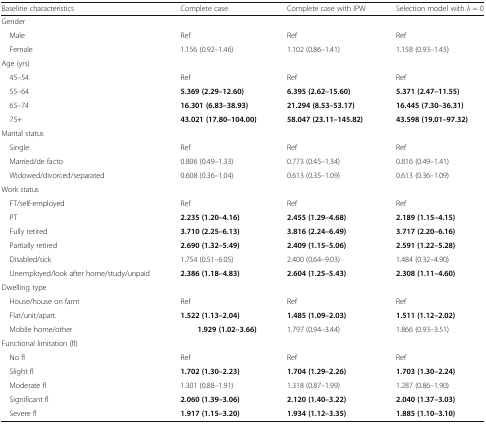
<table><thead><tr><td><b>Baseline characteristics</b></td><td><b>Complete case</b></td><td><b>Complete case with IPW</b></td><td><b>Selection model with <i>λ</i> = 0</b></td></tr></thead><tbody><tr><td colspan="4">Gender</td></tr><tr><td> Male</td><td>Ref</td><td>Ref</td><td>Ref</td></tr><tr><td> Female</td><td>1.156 (0.92–1.46)</td><td>1.102 (0.86–1.41)</td><td>1.158 (0.93–1.45)</td></tr><tr><td colspan="4">Age (yrs)</td></tr><tr><td> 45–54</td><td>Ref</td><td>Ref</td><td>Ref</td></tr><tr><td> 55–64</td><td><b>5.369 (2.29–12.60)</b></td><td><b>6.395 (2.62–15.60)</b></td><td><b>5.371 (2.47–11.55)</b></td></tr><tr><td> 65–74</td><td><b>16.301 (6.83–38.93)</b></td><td><b>21.294 (8.53–53.17)</b></td><td><b>16.445 (7.30–36.31)</b></td></tr><tr><td> 75+</td><td><b>43.021 (17.80–104.00)</b></td><td><b>58.047 (23.11–145.82)</b></td><td><b>43.598 (19.01–97.32)</b></td></tr><tr><td colspan="4">Marital status</td></tr><tr><td> Single</td><td>Ref</td><td>Ref</td><td>Ref</td></tr><tr><td> Married/de facto</td><td>0.806 (0.49–1.33)</td><td>0.773 (0.45–1.34)</td><td>0.816 (0.49–1.41)</td></tr><tr><td> Widowed/divorced/separated</td><td>0.608 (0.36–1.04)</td><td>0.613 (0.35–1.09)</td><td>0.613 (0.36–1.09)</td></tr><tr><td colspan="4">Work status</td></tr><tr><td> FT/self-employed</td><td>Ref</td><td>Ref</td><td>Ref</td></tr><tr><td> PT</td><td><b>2.235 (1.20–4.16)</b></td><td><b>2.455 (1.29–4.68)</b></td><td><b>2.189 (1.15–4.15)</b></td></tr><tr><td> Fully retired</td><td><b>3.710 (2.25–6.13)</b></td><td><b>3.816 (2.24–6.49)</b></td><td><b>3.717 (2.20–6.16)</b></td></tr><tr><td> Partially retired</td><td><b>2.690 (1.32–5.49)</b></td><td><b>2.409 (1.15–5.06)</b></td><td><b>2.591 (1.22–5.28)</b></td></tr><tr><td> Disabled/sick</td><td>1.754 (0.51–6.05)</td><td>2.400 (0.64–9.03)</td><td>1.484 (0.32–4.90)</td></tr><tr><td> Unemployed/look after home/study/unpaid</td><td><b>2.386 (1.18–4.83)</b></td><td><b>2.604 (1.25–5.43)</b></td><td><b>2.308 (1.11–4.60)</b></td></tr><tr><td colspan="4">Dwelling type</td></tr><tr><td> House/house on farm</td><td>Ref</td><td>Ref</td><td>Ref</td></tr><tr><td> Flat/unit/apart.</td><td><b>1.522 (1.13–2.04)</b></td><td><b>1.485 (1.09–2.03)</b></td><td><b>1.511 (1.12–2.02)</b></td></tr><tr><td> Mobile home/other</td><td><b>1.929 (1.02–3.66)</b></td><td>1.797 (0.94–3.44)</td><td>1.866 (0.93–3.51)</td></tr><tr><td colspan="4">Functional limitation (fl)</td></tr><tr><td> No fl</td><td>Ref</td><td>Ref</td><td>Ref</td></tr><tr><td> Slight fl</td><td><b>1.702 (1.30–2.23)</b></td><td><b>1.704 (1.29–2.26)</b></td><td><b>1.703 (1.30–2.24)</b></td></tr><tr><td> Moderate fl</td><td>1.301 (0.88–1.91)</td><td>1.318 (0.87–1.99)</td><td>1.287 (0.86–1.90)</td></tr><tr><td> Significant fl</td><td><b>2.060 (1.39–3.06)</b></td><td><b>2.120 (1.40–3.22)</b></td><td><b>2.040 (1.37–3.03)</b></td></tr><tr><td> Severe fl</td><td><b>1.917 (1.15–3.20)</b></td><td><b>1.934 (1.12–3.35)</b></td><td><b>1.885 (1.10–3.10)</b></td></tr></tbody></table>